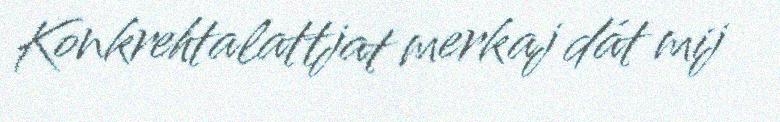
Konkrehtalattjat merkaj dát mij